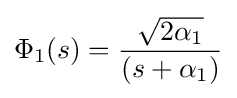
\Phi _{1}(s)={\frac {\sqrt {2\alpha _{1}}}{(s+\alpha _{1})}}